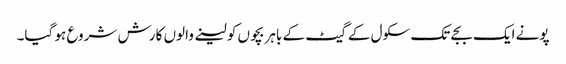
پونے ایک بجے تک سکول کے گیٹ کے باہر بچوں کو لینے والوں کا رش شروع ہو گیا۔